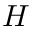
H